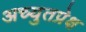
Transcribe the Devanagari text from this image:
अच्युतप्रेक्ष